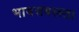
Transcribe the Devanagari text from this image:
भावसबलता